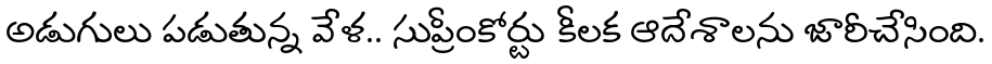
అడుగులు పడుతున్న వేళ.. సుప్రీంకోర్టు కీలక ఆదేశాలను జారీచేసింది.